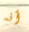
أنه